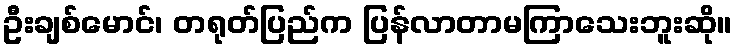
ဦးချစ်မောင်၊ တရုတ်ပြည်က ပြန်လာတာမကြာသေးဘူးဆို။